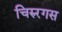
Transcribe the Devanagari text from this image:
चिरुरगस